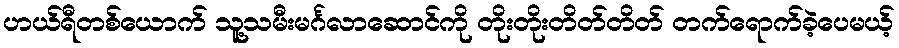
ဟယ်ရီတစ်ယောက် သူ့သမီးမင်္ဂလာဆောင်ကို တိုးတိုးတိတ်တိတ် တက်ရောက်ခဲ့ပေမယ့်